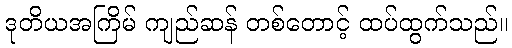
ဒုတိယအကြိမ် ကျည်ဆန် တစ်တောင့် ထပ်ထွက်သည်။